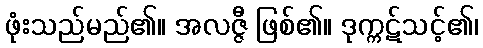
ဖုံးသည်မည်၏။ အလဇ္ဇီ ဖြစ်၏။ ဒုက္ကဋ်သင့်၏၊